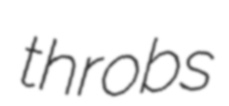
throbs